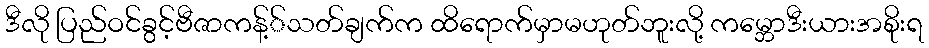
ဒီလို ပြည်ဝင်ခွင့်ဗီဇာကန့််သတ်ချက်က ထိရောက်မှာမဟုတ်ဘူးလို့ ကမ္ဘောဒီးယားအစိုးရ